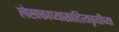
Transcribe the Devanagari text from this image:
लेखकाच्यासाहित्यकृतीच्या